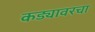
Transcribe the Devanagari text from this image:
कड्यावरचा